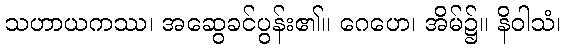
သဟာယကဿ၊ အဆွေခင်ပွန်း၏။ ဂေဟေ၊ အိမ်၌။ နိဝါသံ၊